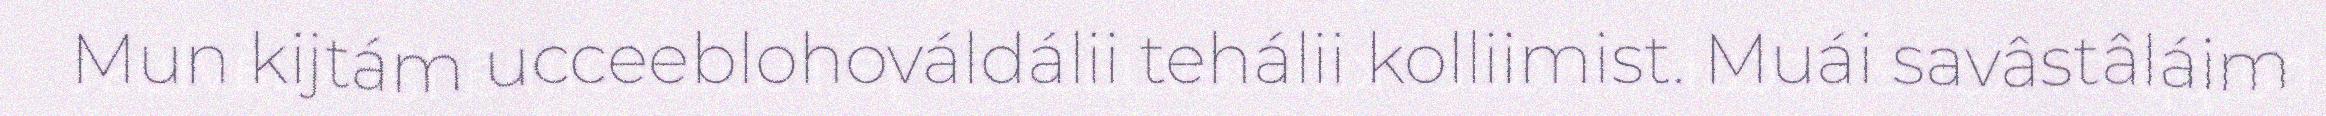
Mun kijtám ucceeblohováldálii tehálii kolliimist. Muái savâstâláim